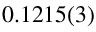
0 . 1 2 1 5 ( 3 )